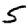
Digit: 5